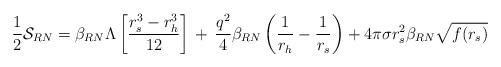
LaTeX: \begin{align*}\frac{1}{2}{\cal S}_{RN} = \beta_{RN}\Lambda \left[ \frac{r_{s}^{3} -r_{h}^{3}}{12}\right] \,+\, \frac{q^{2}}{4} \beta_{RN} \left( \frac{1}{r_{h}}- \frac{1}{r_{s}}\right) + 4\pi\sigma r_{s}^{2} \beta_{RN} \sqrt{f(r_{s})}\end{align*}